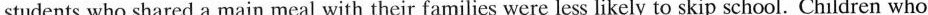
students who shared a main meal with their families were less likely to skip school. Children who